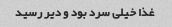
غذا خیلی سرد بود و دیر رسید